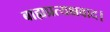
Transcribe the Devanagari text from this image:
बाह्यप्रत्यक्षवाद।